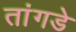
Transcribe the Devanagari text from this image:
तांगडे